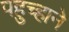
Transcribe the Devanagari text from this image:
पहुच्हाने